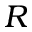
R